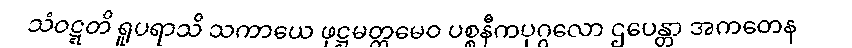
သံဝဋ္ဋတိ ရူပရာသိ သကာယေ ဖုဋ္ဌမတ္တမေဝ ပစ္စနီကပုဂ္ဂလော ဌပေန္တာ အကတေန